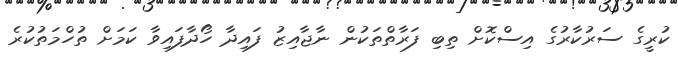
ކުރީގެ ސަރުކާރުގެ އިސްކޮށް ތިބި ފަރާތްތަކުން ނާޖާއިޒު ފައިދާ ހޯދާފައިވާ ކަމަށް ތުހްމަތުކުރެ